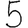
Digit: 5